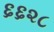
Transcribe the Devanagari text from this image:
६६२८